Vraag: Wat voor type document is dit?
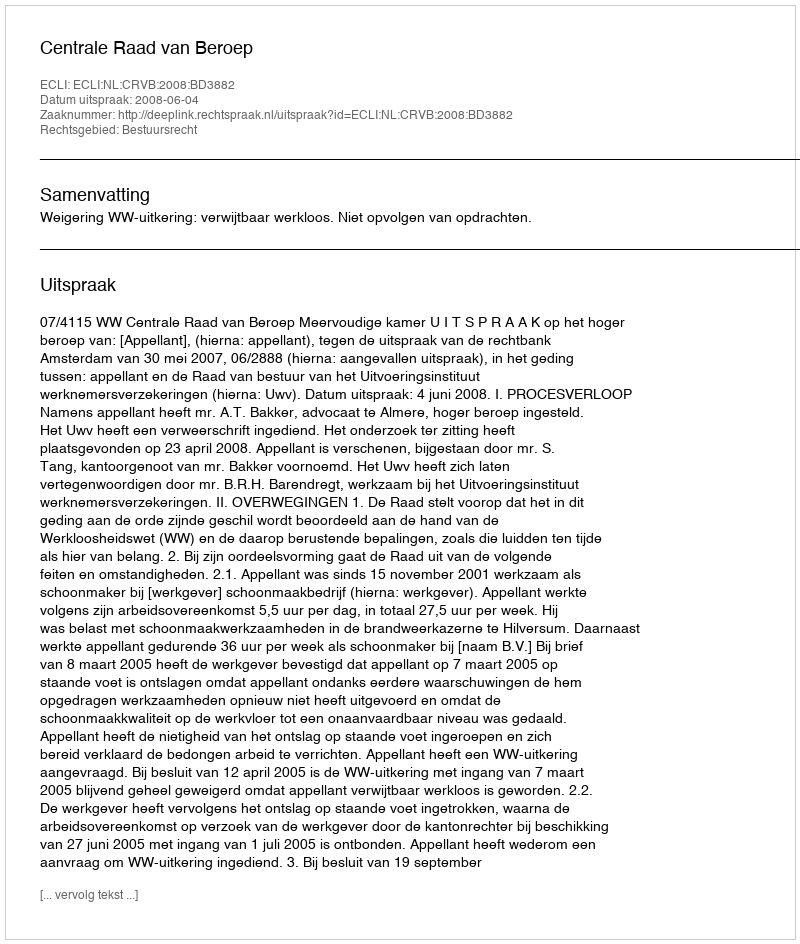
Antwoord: Uitspraak